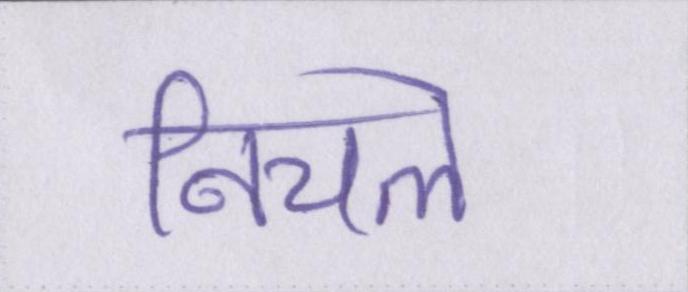
निचले